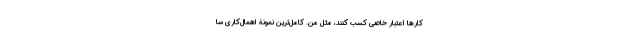
کارها اعتبار خاصی کسب کنند، مثل من. کامل‌ترین نمونۀ اهمال‌کاری سا